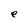
Character: e